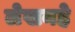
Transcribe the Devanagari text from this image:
लेखनहे